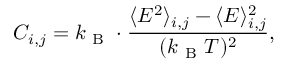
C _ { i , j } = k _ { \mathrm { ~ B ~ } } \cdot \frac { \langle E ^ { 2 } \rangle _ { i , j } - \langle E \rangle _ { i , j } ^ { 2 } } { ( k _ { \mathrm { ~ B ~ } } T ) ^ { 2 } } ,